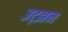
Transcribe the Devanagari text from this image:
उट्झन